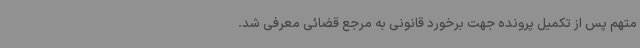
متهم پس از تکمیل پرونده جهت برخورد قانونی به مرجع قضائی معرفی شد.